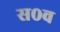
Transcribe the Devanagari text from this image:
स०व